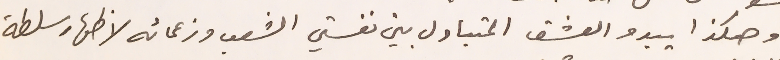
وهكذا يبدو العشق المتبادل بين نفستي الشعب وزعمائه لاظهار سلطة